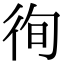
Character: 徇